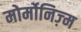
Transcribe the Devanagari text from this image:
मोर्मोनिज्‍़म